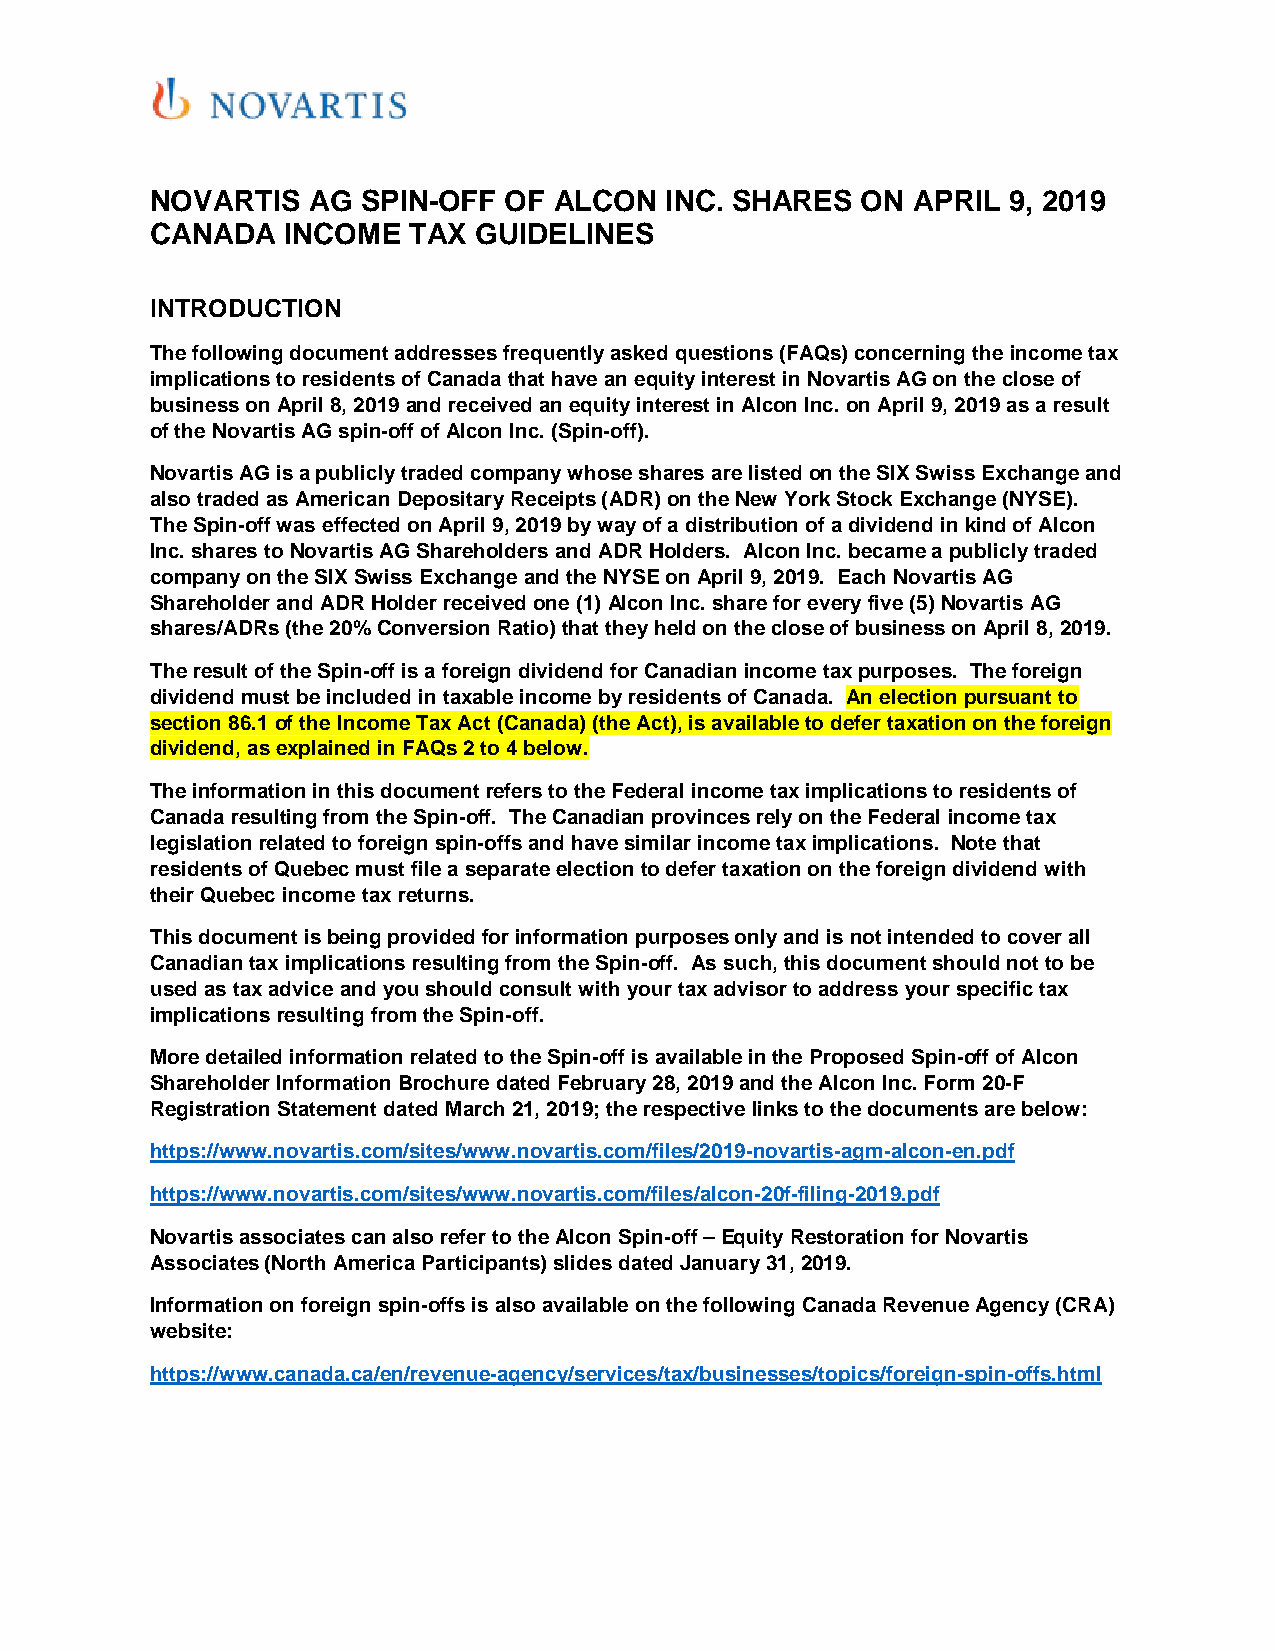
NOVARTIS  AG  SPIN-OFF OF  ALCON  INC. SHARES  ON APRIL  9, 2019
 CANADA   INCOME  TAX GUIDELINES
 INTRODUCTION
 The following document addresses frequently asked questions (FAQs) concerning the income tax
 implications to residents of Canada that have an equity interest in Novartis AG on the close of
 business on April 8, 2019 and received an equity interest in Alcon Inc. on April 9, 2019 as a result
 of the Novartis AG spin-off of Alcon Inc. (Spin-off).
 Novartis AG is a publicly traded company whose shares are listed on the SIX Swiss Exchange and
 also traded as American Depositary Receipts (ADR) on the New York Stock Exchange (NYSE).
 The Spin-off was effected on April 9, 2019 by way of a distribution of a dividend in kind of Alcon
 Inc. shares to Novartis AG Shareholders and ADR Holders. Alcon Inc. became a publicly traded
 company on the SIX Swiss Exchange and the NYSE on April 9, 2019. Each Novartis AG
 Shareholder and ADR Holder received one (1) Alcon Inc. share for every five (5) Novartis AG
 shares/ADRs (the 20% Conversion Ratio) that they held on the close of business on April 8, 2019.
 The result of the Spin-off is a foreign dividend for Canadian income tax purposes. The foreign
 dividend must be included in taxable income by residents of Canada. An election pursuant to
 section 86.1 of the Income Tax Act (Canada) (the Act), is available to defer taxation on the foreign
 dividend, as explained in FAQs 2 to 4 below.
 The information in this document refers to the Federal income tax implications to residents of
 Canada resulting from the Spin-off. The Canadian provinces rely on the Federal income tax
 legislation related to foreign spin-offs and have similar income tax implications. Note that
 residents of Quebec must file a separate election to defer taxation on the foreign dividend with
 their Quebec income tax returns.
 This document is being provided for information purposes only and is not intended to cover all
 Canadian tax implications resulting from the Spin-off. As such, this document should not to be
 used as tax advice and you should consult with your tax advisor to address your specific tax
 implications resulting from the Spin-off.
 More detailed information related to the Spin-off is available in the Proposed Spin-off of Alcon
 Shareholder Information Brochure dated February 28, 2019 and the Alcon Inc. Form 20-F
 Registration Statement dated March 21, 2019; the respective links to the documents are below:
 https://www.novartis.com/sites/www.novartis.com/files/2019-novartis-agm-alcon-en.pdf
 https://www.novartis.com/sites/www.novartis.com/files/alcon-20f-filing-2019.pdf
 Novartis associates can also refer to the Alcon Spin-off – Equity Restoration for Novartis
 Associates (North America Participants) slides dated January 31, 2019.
 Information on foreign spin-offs is also available on the following Canada Revenue Agency (CRA)
 website:
 https://www.canada.ca/en/revenue-agency/services/tax/businesses/topics/foreign-spin-offs.html